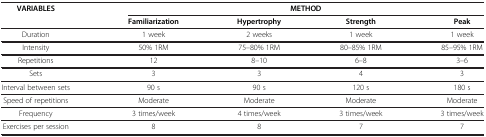
<table><thead><tr><td rowspan="2"><b>VARIABLES</b></td><td colspan="4"><b>METHOD</b></td></tr><tr><td><b>Familiarization</b></td><td><b>Hypertrophy</b></td><td><b>Strength</b></td><td><b>Peak</b></td></tr></thead><tbody><tr><td>Duration</td><td>1 week</td><td>2 weeks</td><td>1 week</td><td>1 week</td></tr><tr><td>Intensity</td><td>50% 1RM</td><td>75–80% 1RM</td><td>80–85% 1RM</td><td>85–95% 1RM</td></tr><tr><td>Repetitions</td><td>12</td><td>8–10</td><td>6–8</td><td>3–6</td></tr><tr><td>Sets</td><td>3</td><td>3</td><td>4</td><td>3</td></tr><tr><td>Interval between sets</td><td>90 s</td><td>90 s</td><td>120 s</td><td>180 s</td></tr><tr><td>Speed of repetitions</td><td>Moderate</td><td>Moderate</td><td>Moderate</td><td>Moderate</td></tr><tr><td>Frequency</td><td>3 times/week</td><td>4 times/week</td><td>3 times/week</td><td>3 times/week</td></tr><tr><td>Exercises per session</td><td>8</td><td>8</td><td>7</td><td>7</td></tr></tbody></table>